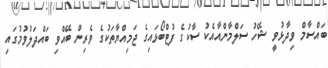
ބައްސާމް ވިދާޅުވީ ޝޭހު ސަލްމާންއާއެކު ސާކުގެ ފުޓްބޯޅައިގެ ޖަމިއްޔާތަކުގެ ވެރިން ބޭއްވި ބައްދަލުވުމުގައި